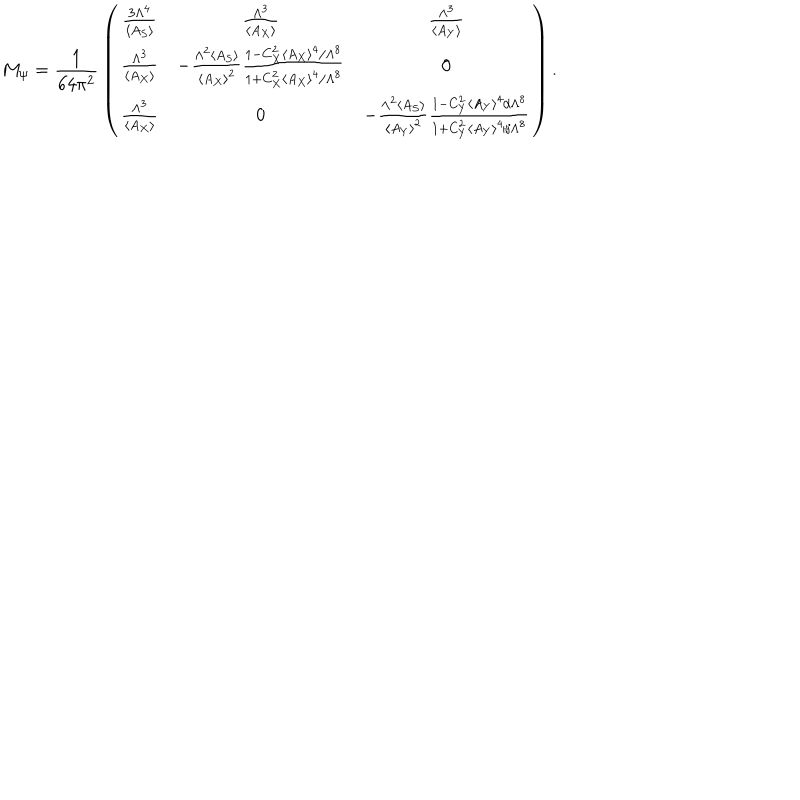
M _ { \psi } = { \frac { 1 } { 6 4 \pi ^ { 2 } } } \left( \begin{array} { c c c } { { { \frac { 3 \Lambda ^ { 4 } } { \langle A _ { S } \rangle } } } } & { { { \frac { \Lambda ^ { 3 } } { \langle A _ { X } \rangle } } } } & { { { \frac { \Lambda ^ { 3 } } { \langle A _ { Y } \rangle } } } } \\ { { { \frac { \Lambda ^ { 3 } } { \langle A _ { X } \rangle } } } } & { { - { \frac { \Lambda ^ { 2 } \langle A _ { S } \rangle } { \langle A _ { X } \rangle ^ { 2 } } } { \frac { 1 - C _ { X } ^ { 2 } \langle A _ { X } \rangle ^ { 4 } / \Lambda ^ { 8 } } { 1 + C _ { X } ^ { 2 } \langle A _ { X } \rangle ^ { 4 } / \Lambda ^ { 8 } } } } } & { { 0 } } \\ { { { \frac { \Lambda ^ { 3 } } { \langle A _ { X } \rangle } } } } & { { 0 } } & { { - { \frac { \Lambda ^ { 2 } \langle A _ { S } \rangle } { \langle A _ { Y } \rangle ^ { 2 } } } { \frac { 1 - C _ { Y } ^ { 2 } \langle A _ { Y } \rangle ^ { 4 } / \Lambda ^ { 8 } } { 1 + C _ { Y } ^ { 2 } \langle A _ { Y } \rangle ^ { 4 } / \Lambda ^ { 8 } } } } } \\ \end{array} \right) .